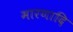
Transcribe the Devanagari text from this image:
मारणादि